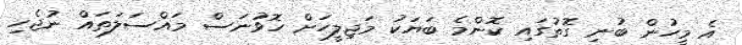
އެ މީހުން ބުނި ގޮތުގައި ކޮންމެ ބަޔަކު މަޖިލީހަށް ހޮވުނަސް މައްސަލަތައް ނުޖެހި